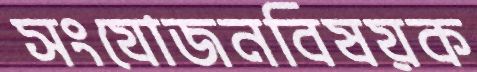
সংযোজনবিষয়ক